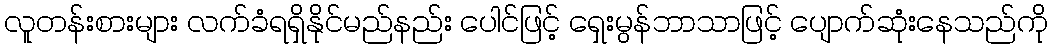
လူတန်းစားများ လက်ခံရရှိနိုင်မည်နည်း ပေါင်ဖြင့် ရှေးမွန်ဘာသာဖြင့် ပျောက်ဆုံးနေသည်ကို